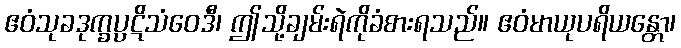
ဧဝံသုခဒုက္ခပ္ပဋိသံဝေဒီ၊ ဤသို့ချမ်းရဲကိုခံစားရသည်။ ဧဝံမာယုပရိယန္တော၊